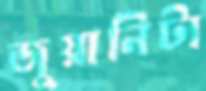
জুয়ানিটা